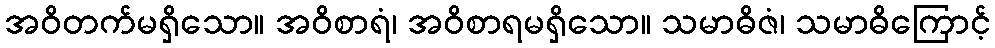
အဝိတက်မရှိသော။ အဝိစာရံ၊ အဝိစာရမရှိသော။ သမာဓိဇံ၊ သမာဓိကြောင့်